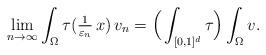
LaTeX: \begin{align*}\lim_{n \to \infty} \int_\Omega \tau(\tfrac{1}{\varepsilon_n} \, x) \, v_n= \Big( \int_{[0,1]^d} \tau \Big) \int_\Omega v. \end{align*}